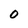
Character: 0